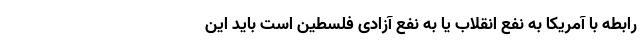
رابطه با آمریکا به نفع انقلاب یا به نفع آزادی فلسطین است باید این